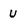
Character: U